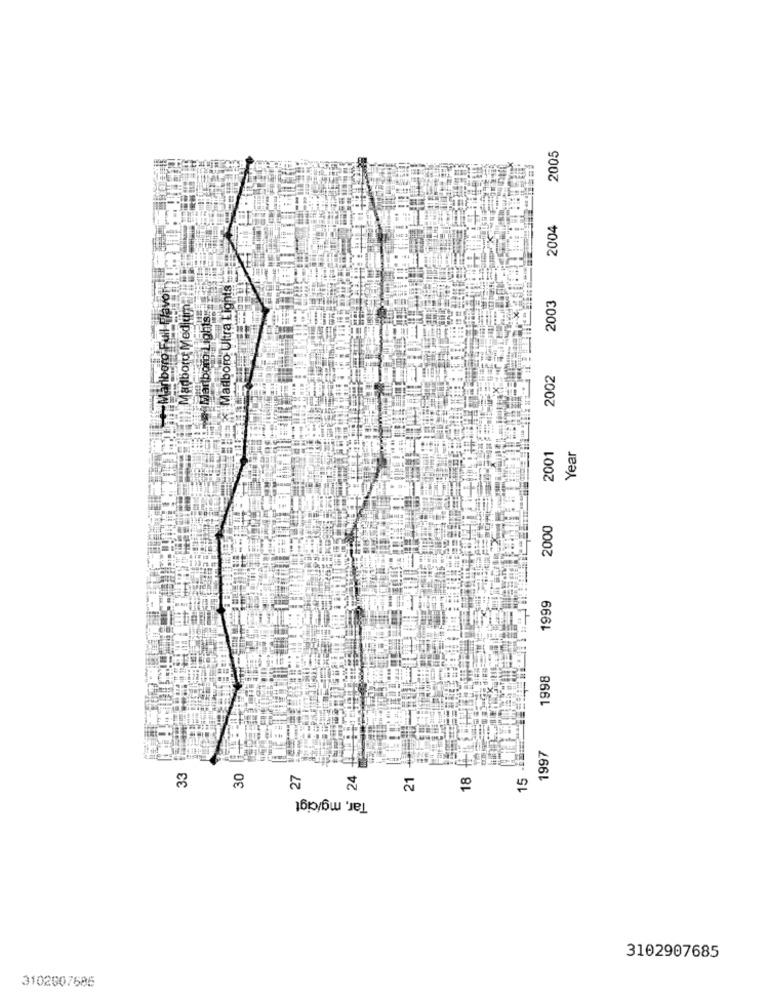
2005
2004
anboro Full Flavor
Madboro Ultra Lights
2003
adboru Medium
2002
Year
2001
2000
1999
1998
1997
33
30
27
24
21
15
Tar, mg/cigt
00
3102907685
3102007586